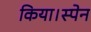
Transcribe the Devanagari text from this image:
किया।स्पेन